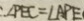
\therefore \angle P E C = \angle A P E